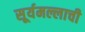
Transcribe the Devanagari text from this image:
सूर्यमल्लाची